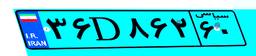
۱۷D۵۸۷۷۶